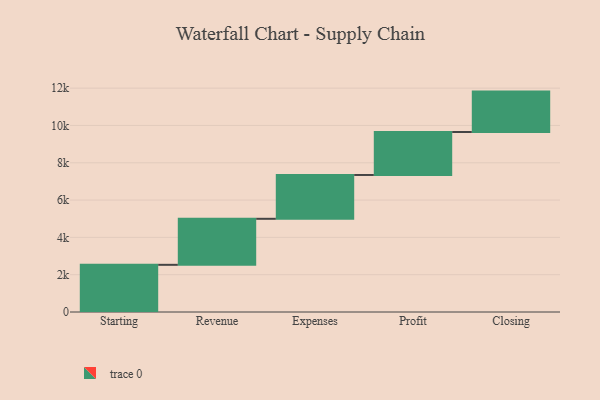
{"axis": {"x": "Step", "y": "Value"}, "legend": [""], "data": [{"x": "Starting", "y": 2529.0, "type": ""}, {"x": "Revenue", "y": 2467.0, "type": ""}, {"x": "Expenses", "y": 2350.0, "type": ""}, {"x": "Profit", "y": 2302.0, "type": ""}, {"x": "Closing", "y": 2167.0, "type": ""}]}